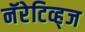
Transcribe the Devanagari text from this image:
नॅरेटिव्ह्‌ज